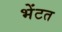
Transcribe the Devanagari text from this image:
भेंटत